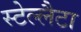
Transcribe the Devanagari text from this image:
स्टेल्लैटा